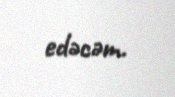
edəcəm.